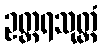
ဥတ္တရသုတ္တံ